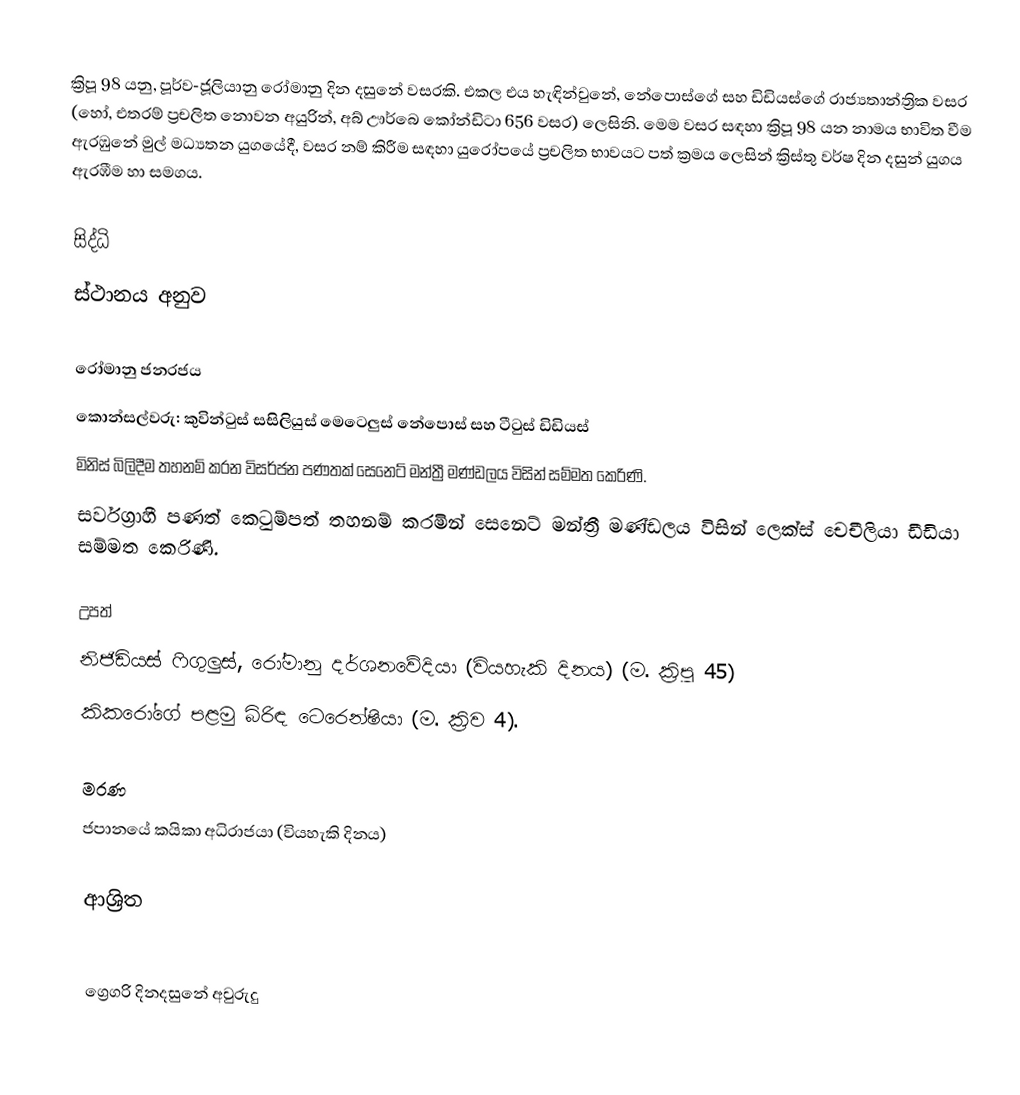

ක්‍රිපූ 98 යනු, පූර්ව-ජූලියානු රෝමානු දින දසුනේ වසරකි. එකල එය හැඳින්වුනේ, නේපොස්ගේ සහ ඩිඩියස්ගේ රාජ්‍යතාන්ත්‍රික වසර (හෝ, එතරම් ප්‍රචලිත නොවන අයුරින්, අබ් ඌර්බෙ කෝන්ඩිටා 656 වසර) ලෙසිනි. මෙම වසර සඳහා ක්‍රිපූ 98 යන නාමය භාවිත වීම ඇරඹුනේ මුල්  මධ්‍යතන යුගයේදී, වසර නම් කිරීම සඳහා යුරෝපයේ ප්‍රචලිත භාවයට පත් ක්‍රමය ලෙසින් ක්‍රිස්තු වර්ෂ දින දසුන් යුගය ඇරඹීම හා සමගය.

සිද්ධි
 ස්ථානය අනුව

 රෝමානු ජනරජය
 කොන්සල්වරු: කුවින්ටුස් සසිලියුස් මෙටෙලුස් නේපොස් සහ  ටීටුස් ඩිඩියස්
 මිනිස් බිලිදීම තහනම් කරන විසර්ජන පණතක් සෙනෙට් මන්ත්‍රී මණ්ඩලය විසින් සම්මත කෙරිණි.
 සර්වග්‍රාහී පණත් කෙටුම්පත් තහනම් කරමින්  සෙනෙට් මන්ත්‍රී මණ්ඩලය විසින් ලෙක්ස් චෙචීලියා ඩීඩියා සම්මත කෙරිණි.

උපත්
 නිජිඩියස් ෆිගුලුස්, රෝමානු දර්ශනවේදියා (වියහැකි දිනය) (ම. ක්‍රිපූ 45)
 කිකරෝගේ  පළමු බිරිඳ ටෙරෙන්ෂියා (ම. ක්‍රිව  4).

මරණ
 ජපානයේ කයිකා අධිරාජයා (වියහැකි දිනය)

ආශ්‍රිත

ග්‍රෙගරි දිනදසුනේ අවුරුදු